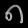
Digit: ၈